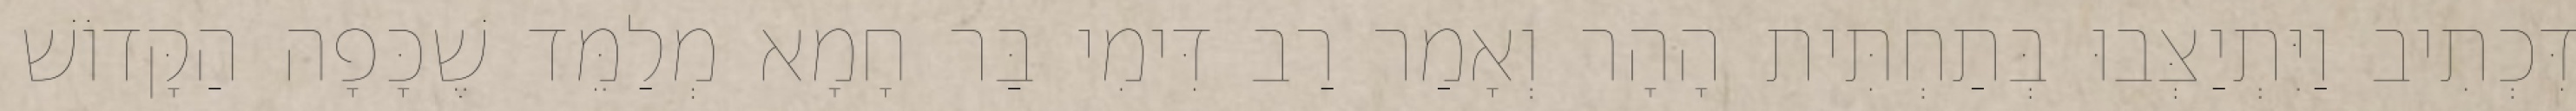
דִּכְתִיב וַיִּתְיַצְּבוּ בְּתַחְתִּית הָהָר וְאָמַר רַב דִּימִי בַּר חָמָא מְלַמֵּד שֶׁכָּפָה הַקָּדוֹשׁ